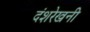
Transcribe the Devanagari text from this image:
दंशरेखनी